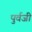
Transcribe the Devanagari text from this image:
पुर्वजी